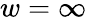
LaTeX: w=\infty